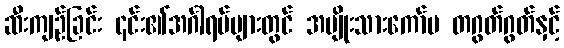
ဆီးကျဉ်ခြင်း ၎င်း၏အင်္ဂါရပ်များတွင် အမျိုးသားကော်မ တဂွတ်ဂွတ်နှင့်